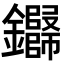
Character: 𬬢